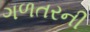
ગળતરની